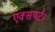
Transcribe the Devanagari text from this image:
एक्सपर्ट।